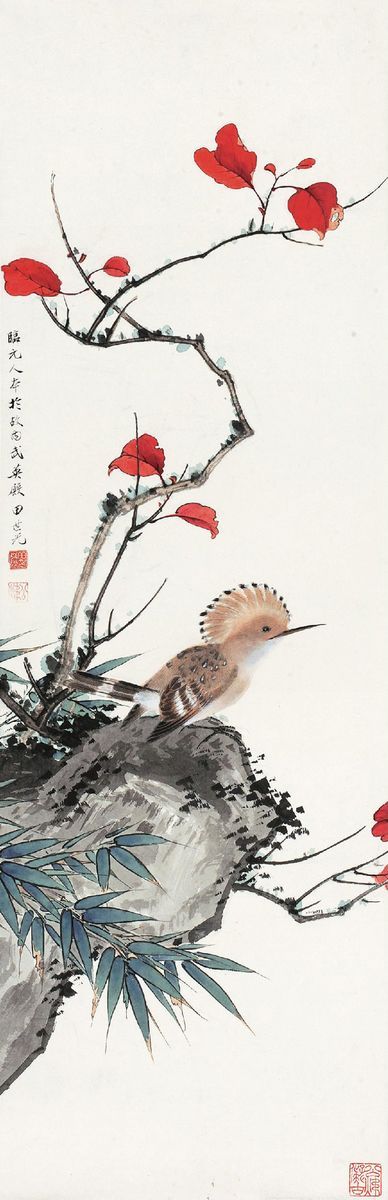
诗成自写红叶，和恨寄东流。